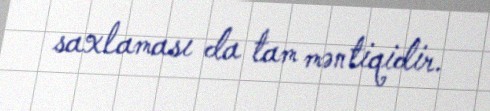
saxlaması da tam məntiqidir.